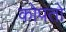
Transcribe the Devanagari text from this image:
कोपतो